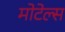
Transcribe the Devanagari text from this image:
मोटेल्स